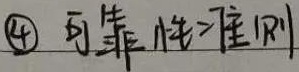
\textcircled{4} 可靠性准则